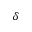
\delta